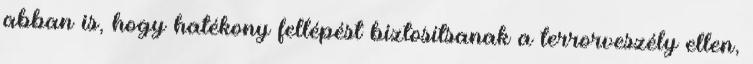
abban is, hogy hatékony fellépést biztosítsanak a terrorveszély ellen,